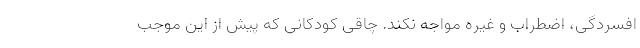
افسردگی، اضطراب و غیره مواجه نکند. چاقی کودکانی که پیش از این موجب